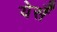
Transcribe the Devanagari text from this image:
येर्सँ